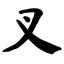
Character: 叉